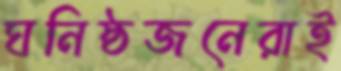
ঘনিষ্ঠজনেরাই